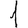
Digit: 1